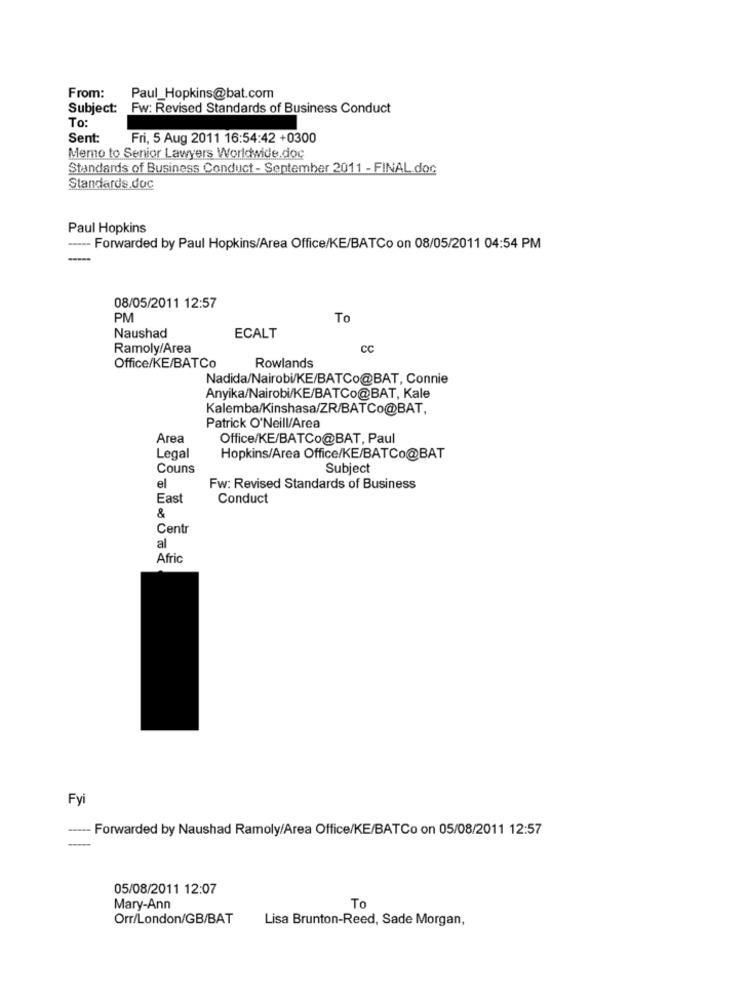
From:
Paul_Hopkins@bat.com
Subject: Fw: Revised Standards of Business Conduct
To:
Sent:
Fri, 5 Aug 2011 16:54:42 +0300
Memo to Senior Lawyers Worldwide. doc
Standards of Business Conduct - September 2011 - FINAL.doc
Standards.doc
Paul Hopkins
---- Forwarded by Paul Hopkins/Area Office/KE/BATCo on 08/05/2011 04:54 PM
08/05/2011 12:57
PM
To
Naushad
ECALT
Ramoly/Area
CC
Office/KE/BATCo
Rowlands
Nadida/Nairobi/KE/BATCo@BAT, Connie
Anyika/Nairobi/KE/BATCo@BAT, Kale
Kalemba/Kinshasa/ZR/BATCo@BAT,
Patrick O'Neill/Area
Area
Office/KE/BATCo@BAT, Paul
Legal
Hopkins/Area Office/KE/BATCo@BAT
Couns
Subject
el
Fw: Revised Standards of Business
East
Conduct
&
Centr
al
Afric
Fyi
- Forwarded by Naushad Ramoly/Area Office/KE/BATCo on 05/08/2011 12:57
05/08/2011 12:07
Mary-Ann
To
Orr/London/GB/BAT
Lisa Brunton-Reed, Sade Morgan,